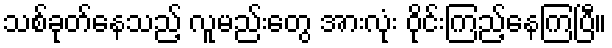
သစ်ခုတ်နေသည့် လူမည်းတွေ အားလုံး ဝိုင်းကြည့်နေကြပြီ။